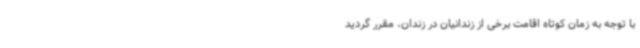
با توجه به زمان کوتاه اقامت برخی از زندانیان در زندان، مقرر گردید